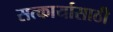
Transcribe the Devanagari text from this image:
सत्कार्यासाठी